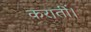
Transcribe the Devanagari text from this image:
करातीं।